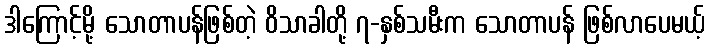
ဒါကြောင့်မို့ သောတာပန်ဖြစ်တဲ့ ဝိသာခါတို့ ၇-နှစ်သမီးက သောတာပန် ဖြစ်လာပေမယ့်